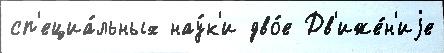
сп'ециа́льных нау́к'и дво́е Дв'иже́н'иjе